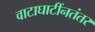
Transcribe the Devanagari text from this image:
वाटाघाटींनतंतर